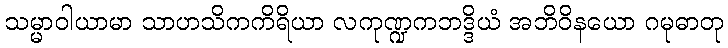
သမ္မာဝါယာမာ သာဟသိကကိရိယာ လကုဏ္ဍကဘဒ္ဒိယံ အဘိဝိနယော ဂမုဓာတု